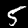
Label: 5